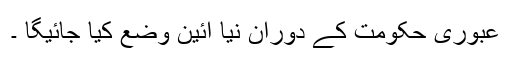
عبوری حکومت کے دوران نیا آئین وضع کیا جائیگا ۔